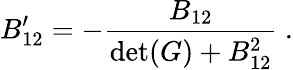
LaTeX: B_{12}^{\prime}=-{\frac{B_{12}}{\operatorname*{det}(G)+B_{12}^{2}}}~.